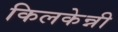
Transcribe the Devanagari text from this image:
किलकेन्नी